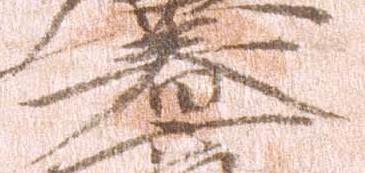
春